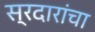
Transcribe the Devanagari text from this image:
स्रदारांचा